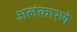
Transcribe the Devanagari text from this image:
अलंकारणे